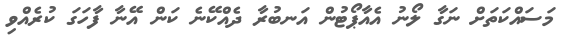
މަަަސައްކަތަށް ނަގާ ލޯނު އެއާޕޯޓުން އަނބުރާ ދެއްކޭނެ ކަން އޭނާ ފާހަގަ ކުރެއްވި